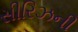
સીરિઝની